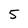
Character: 5